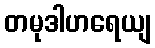
တမုဒါဟရေယျ